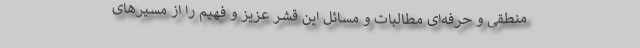
منطقی و حرفه‌ای مطالبات و مسائل این قشر عزیز و فهیم را از مسیرهای